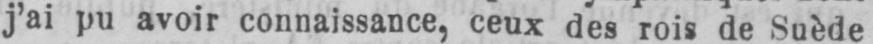
j’ai pu avoir connaissance, ceux des rois de Suède